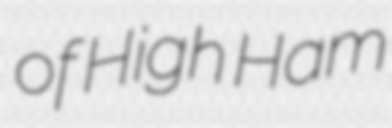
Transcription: of High Ham